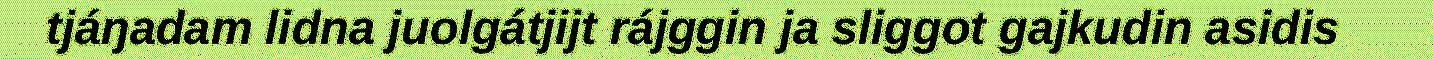
tjáŋadam lidna juolgátjijt rájggin ja sliggot gajkudin asidis